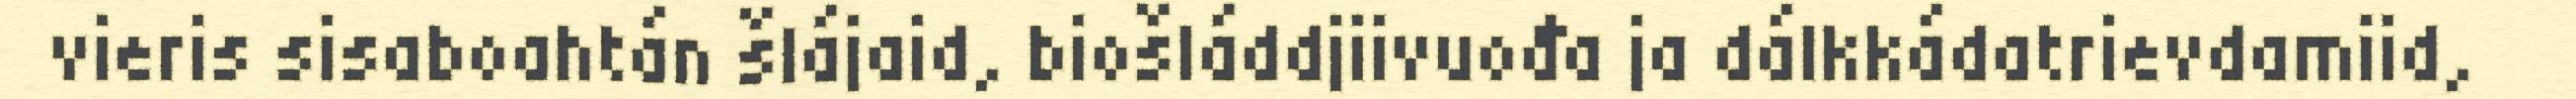
vieris sisaboahtán šlájaid, biošláddjiivuođa ja dálkkádatrievdamiid,